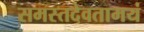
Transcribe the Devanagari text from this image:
समस्तदेवतामयं